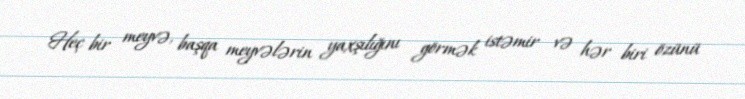
Heç bir meyvə, başqa meyvələrin yaxşılığını görmək istəmir və hər biri özünü